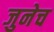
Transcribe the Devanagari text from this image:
जुनेच